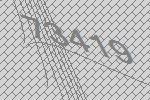
73419